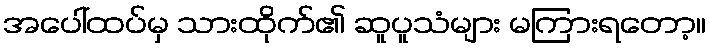
အပေါ်ထပ်မှ သားထိုက်၏ ဆူပူသံများ မကြားရတော့။